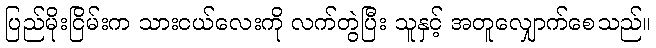
ပြည်မိုးငြိမ်းက သားငယ်လေးကို လက်တွဲပြီး သူနှင့် အတူလျှောက်စေသည်။